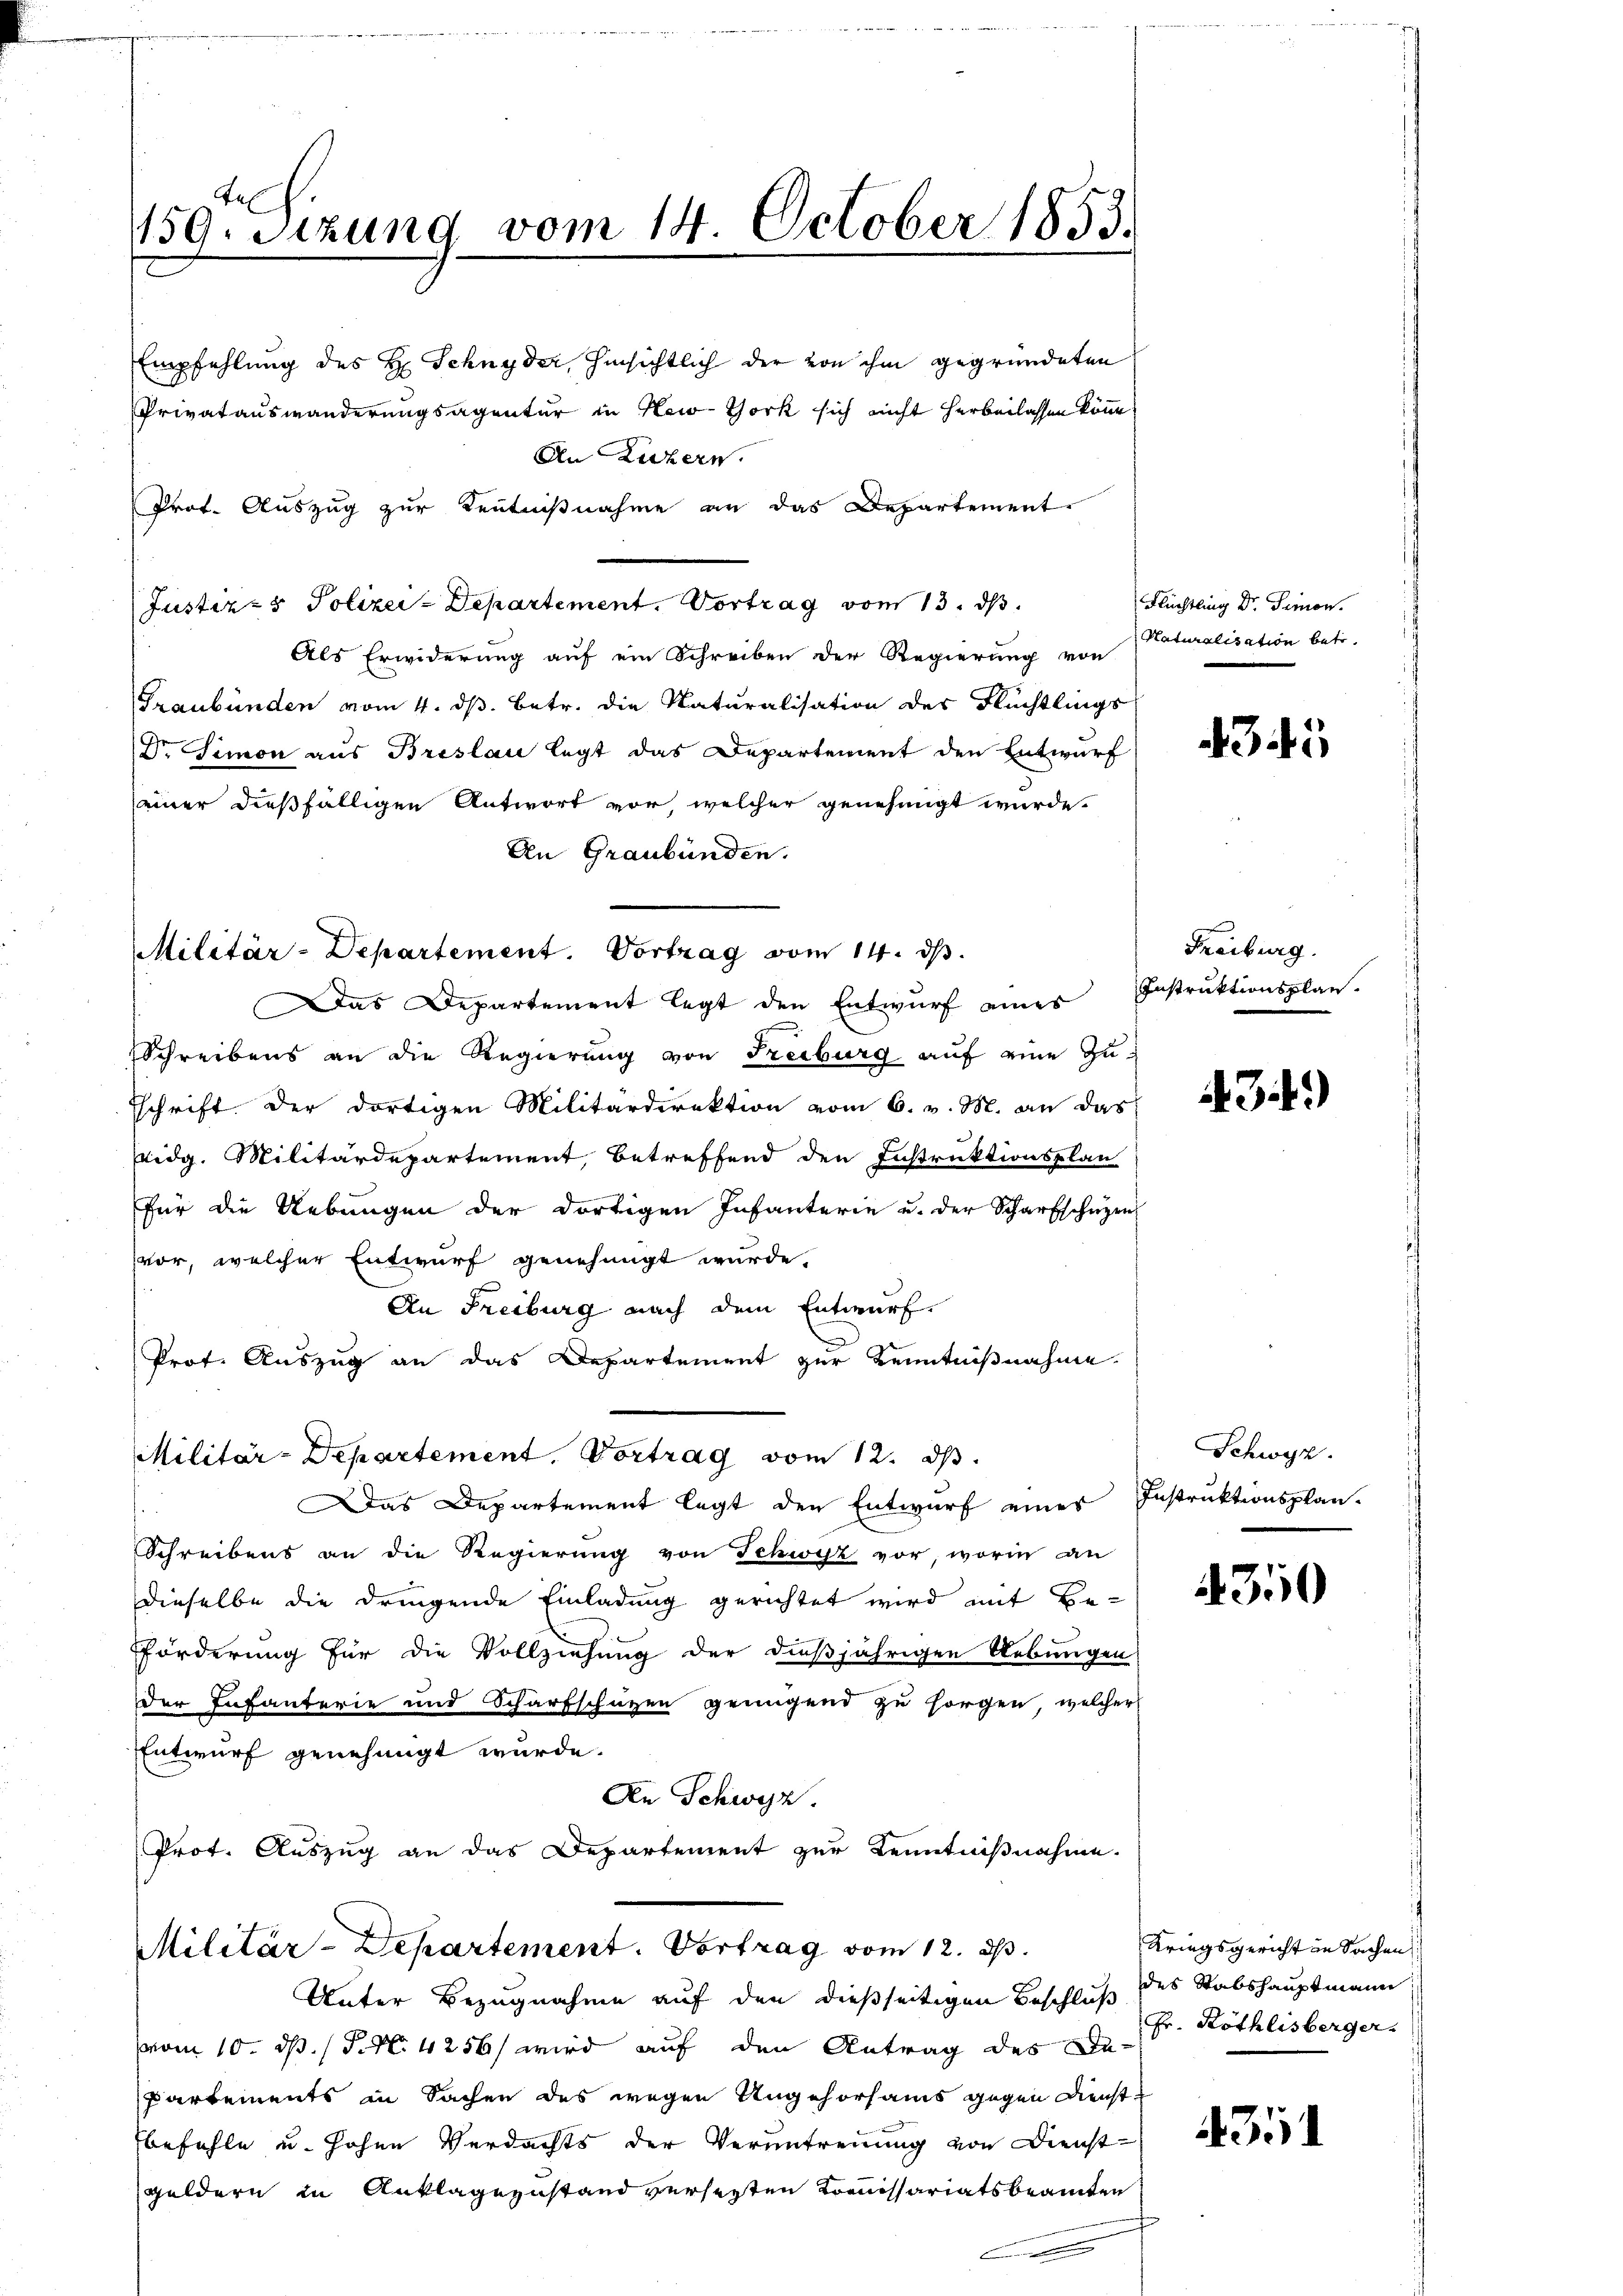
de
159. Setzung vom 14. October 1853.

Prot. Auszug zur Kenntnißnahme an das Departement-
Justiz- & Polizei-Departement. Vortrag vom 13. ds.
Als Erwiderung auf ein Schreiben der Regierung von Naturalisation betr.
Graubünden vom 4. ds. betr. die Naturalisation der Flüchtlings
Dr. Simon aus Breslau legt das Departement den Entwurf
einer dießfälligen Antwort vor, welcher genehmigt wurde.
An Graubünden.
Militär-Departement. Vortrag vom 14. ds.
Das Departement legt den Entwurf eines
Schreibens an die Regierung von Freiburg auf eine Zuschrift der dortigen Militärdirektion vom 6. v. M. an das
Eidg. Militärdepartement, betreffend den Instruktionsplan
für die Uebungen der dortigen Infanterie u. der Scharfschuzen
vor, welcher Entwurf genehmigt wurde.
An Freiburg nach dem Entwurf.
Prof. Auszug an das Departement zur Kenntnißnahme.
Militär-Departement. Vortrag vom 12. dβ.
Das Departement legt den Entwurf eines Instruktionsplan-
.
Schreibens an die Regierung von Schwyz vor, worin an
dieselbe die dringende Einladung gerichtet wird mit Be-
Fförderung für die Vollziehung der dießjährigen Uebungen
der Infanterie und Scharfschützen genügend zu sorgen, welcher
Entwurf genehmigt wurde.
An Schwyz.
Prot. Auszug an das Departement zur Kenntnißnahme.
Militär-Departement. Vortrag vom 12. ds.
Unter Bezugnahme auf den dießseitigen Beschluß des Stabshauptmann
vom 10. d. M. 4256 wird auf den Antrag des Da¬
Partements in Sachen des wegen Ungehorsams gegen Dienstbefehle u. hohen Verdachts der Veruntrennung von Dienst
Geldern in Anklagezustand verseiten Kommissariatsbeamten

Empfehlung des H. Schnyder, hinsichtlich der von ihm gegründeten
Privatauswanderungsagentur in New-York sich nicht herbeilassen könne,
An Luzern.

Flüchtling Dr. Simon

35

Freiburg.
Instruktionsplan¬

31.)

Schwyz.

350

Kriegsgericht in Sachen
Fr. Röthlisberger.

35